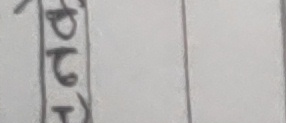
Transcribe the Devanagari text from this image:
छरढच